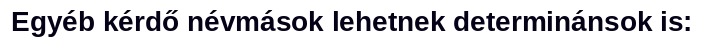
Egyéb kérdő névmások lehetnek determinánsok is: